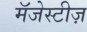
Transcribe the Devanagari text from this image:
मॅजेस्टीज़